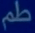
طم